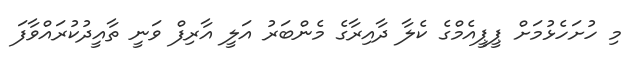
މި ހުށަހެޅުމަށް ޕީޕީއެމްގެ ކެލާ ދާއިރާގެ މެންބަރު އަލީ އާރިފް ވަނީ ތާއީދުކުރައްވާފަ